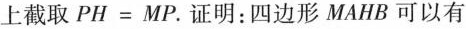
上截取$$P H = M P$$。证明：四边形MAHB可以有